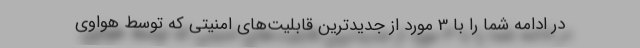
در ادامه شما را با 3 مورد از جدیدترین قابلیت‌های امنیتی که توسط هواوی